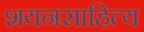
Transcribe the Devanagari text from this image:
शयनसाहित्य